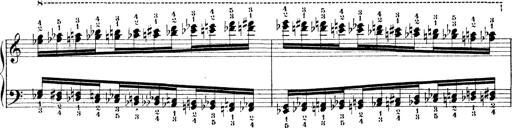
Title: Technische Studien
Composer: Franz Liszt